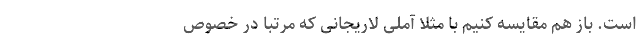
است. باز هم مقایسه کنیم با مثلاً آملی لاریجانی که مرتباً در خصوصِ